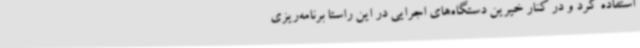
استفاده کرد و در کنار خیرین دستگاه‌های اجرایی در این راستا برنامه‌ریزی